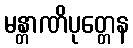
မန္တာဏိပုတ္တေန